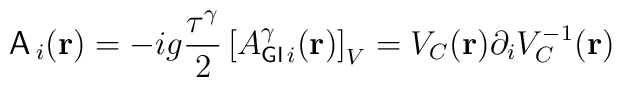
{\sf A}\,_i({\bf{r}})=-ig\frac{{\tau}^{\gamma}}{2}\left[A_{{\sf GI}\,i}^{\gamma}({\bf{r}})\right]_{V}=V_C({\bf{r}}){\partial}_iV^{-1}_C({\bf{r}})